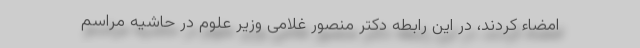
امضاء کردند، در این رابطه دکتر منصور غلامی وزیر علوم در حاشیه مراسم